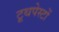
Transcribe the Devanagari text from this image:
टूथपेस्टों